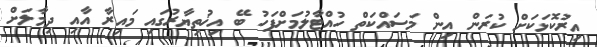
އިރުކޮޅަކަށް ކުރަން އިން މަސައްކަތް ހުއްޓާލުމަށްފަހު ބޭ އިޚުތިޔާރުގައި މައިރާ އާއި ދިމާލަށް